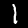
Digit: 1